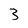
Character: 3